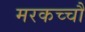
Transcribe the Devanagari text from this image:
मरकच्चौ